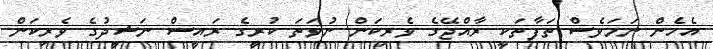
އެހެން ނަމަވެސް ތަފާތަކީ ރާއްޖޭގެ ވެރިކަން ނުވަތަ ކުރީގެ ރައީސް ނަޝީދުގެ ވެރިކަން